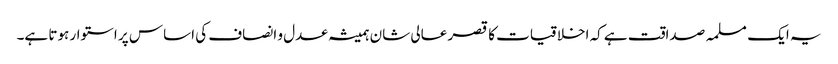
یہ ایک مسلمہ صداقت ہے کہ اخلاقیات کا قصر عالی شان ہمیشہ عدل و انصاف کی اساس پر استوار ہوتا ہے۔